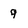
Character: 9